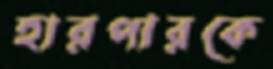
হারপারকে